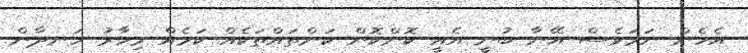
އެހެން ނަމަވެސް އޭނާ ބުނީ އެއީ ކޮންކޮން ކަންތައްތަކެއް ކަމެއް މިހާރު ހަނދާން